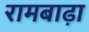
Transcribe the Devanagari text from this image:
रामबाढ़ा